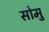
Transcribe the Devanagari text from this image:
सोमु